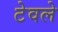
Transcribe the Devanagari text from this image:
टेवले